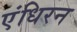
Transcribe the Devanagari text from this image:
एंधिरन